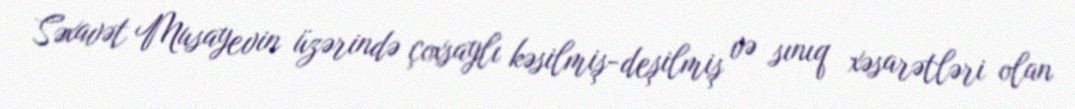
Səxavət Musayevin üzərində çoxsaylı kəsilmiş-deşilmiş və sınıq xəsarətləri olan